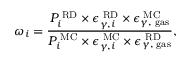
\omega _ { i } = \frac { P _ { i } ^ { \mathrm { \tiny ~ R D } } \times \epsilon _ { \gamma , i } ^ { \mathrm { \tiny ~ R D } } \times \epsilon _ { \gamma , \mathrm { \tiny ~ g a s } } ^ { \mathrm { \tiny ~ M C } } } { { P _ { i } ^ { \mathrm { \tiny ~ M C } } \times \epsilon _ { \gamma , i } ^ { \mathrm { \tiny ~ M C } } } \times \epsilon _ { \gamma , \mathrm { \tiny ~ g a s } } ^ { \mathrm { \tiny ~ R D } } } ,